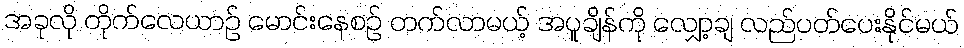
အခုလို တိုက်လေယာဉ် မောင်းနေစဉ် တက်လာမယ့် အပူချိန်ကို လျှော့ချ လည်ပတ်ပေးနိုင်မယ်